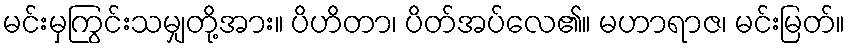
မင်းမှကြွင်းသမျှတို့အား။ ပိဟိတာ၊ ပိတ်အပ်လေ၏။ မဟာရာဇ၊ မင်းမြတ်။